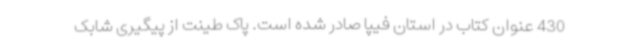
430 عنوان کتاب در استان فیپا صادر شده است. پاک طینت از پیگیری شابک